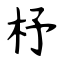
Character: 杼